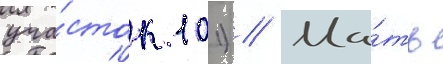
уча́сток 101) // Ма́ть